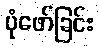
ပုံဖော်ခြင်း